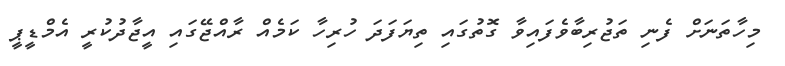
މިހާތަނަށް ފެނި ތަޖުރިބާވެފައިވާ ގޮތުގައި ތިޔަފަދަ ހުރިހާ ކަމެއް ރާއްޖޭގައި އީޖާދުކުރީ އެމްޑީޕީ